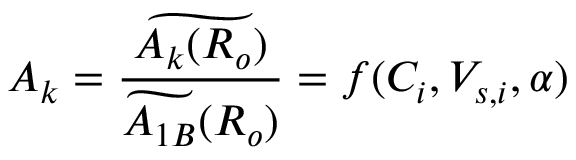
A _ { k } = \frac { \widetilde { A _ { k } ( R _ { o } ) } } { \widetilde { A _ { 1 B } } ( R _ { o } ) } = f ( C _ { i } , V _ { s , i } , \alpha )